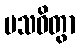
ပသဝိတွာ